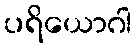
ပရိယောဂါ